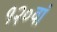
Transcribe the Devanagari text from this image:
१२०वां